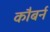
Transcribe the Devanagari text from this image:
कौबर्न